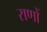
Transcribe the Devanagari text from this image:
राणों